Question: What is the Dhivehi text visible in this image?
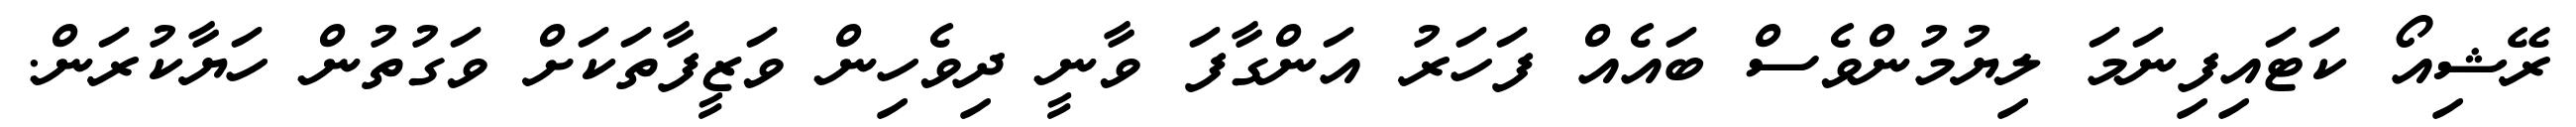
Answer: ރޭޝިއޯ ކަޓައިފިނަމަ ލިޔުމުންވެސް ބައެއް ފަހަރު އަންގާފަ ވާނީ ދިވެހިން ވަޒީފާތަކަށް ވަގުތުން ހަޔާކުރަން.